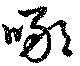
啖